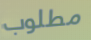
مطلوب